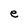
Character: e